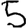
Digit: 5